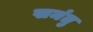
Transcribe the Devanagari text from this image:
खमंतु